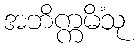
အဘိက္ကမိံသု